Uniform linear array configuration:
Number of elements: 4
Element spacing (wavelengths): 0.25
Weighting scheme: hann
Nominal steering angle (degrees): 60
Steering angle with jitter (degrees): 61.611
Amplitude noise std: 0.05
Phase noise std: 0.05

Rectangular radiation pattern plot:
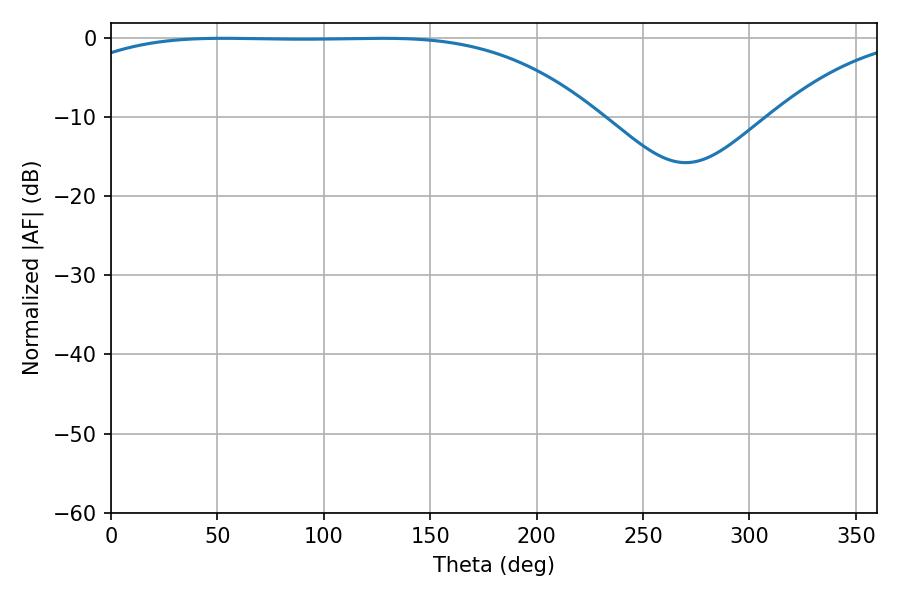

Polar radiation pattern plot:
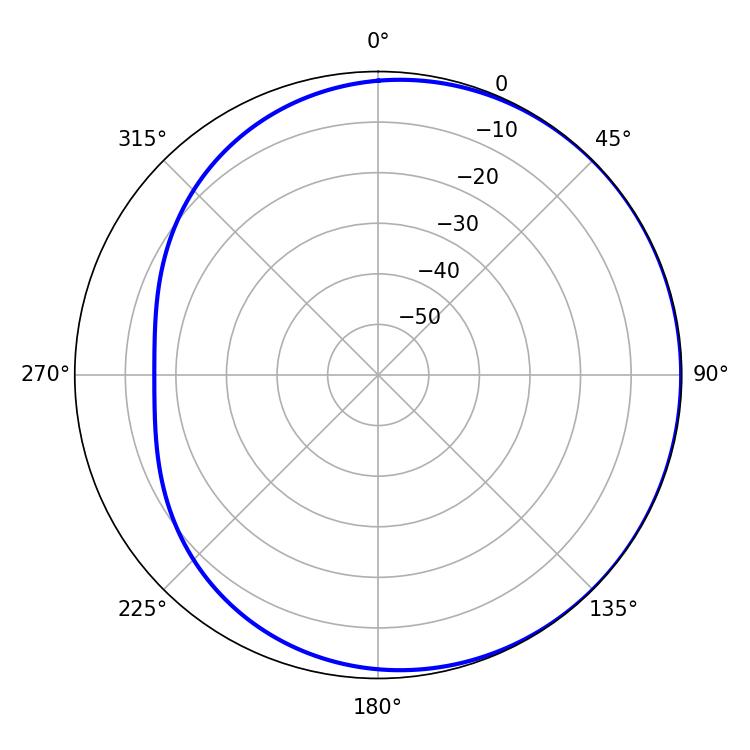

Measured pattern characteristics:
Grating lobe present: FALSE
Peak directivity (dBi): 0.7364
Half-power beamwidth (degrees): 191.7
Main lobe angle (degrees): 52.74